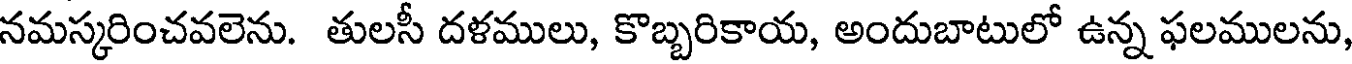
నమస్కరించవలెను. తులసీ దళములు, కొబ్బరికాయ, అందుబాటులో ఉన్న ఫలములను,